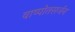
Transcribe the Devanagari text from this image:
वाष्पोतसर्जन